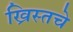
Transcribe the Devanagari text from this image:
ख्रिस्तचे